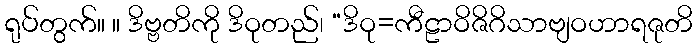
ရုပ်တွက်။ ။ ဒိဗ္ဗတိကို ဒိဝုတည်၊ “ဒိဝု=ကီဠာဝိဇိဂိသာဗျဝဟာရဇုတိ